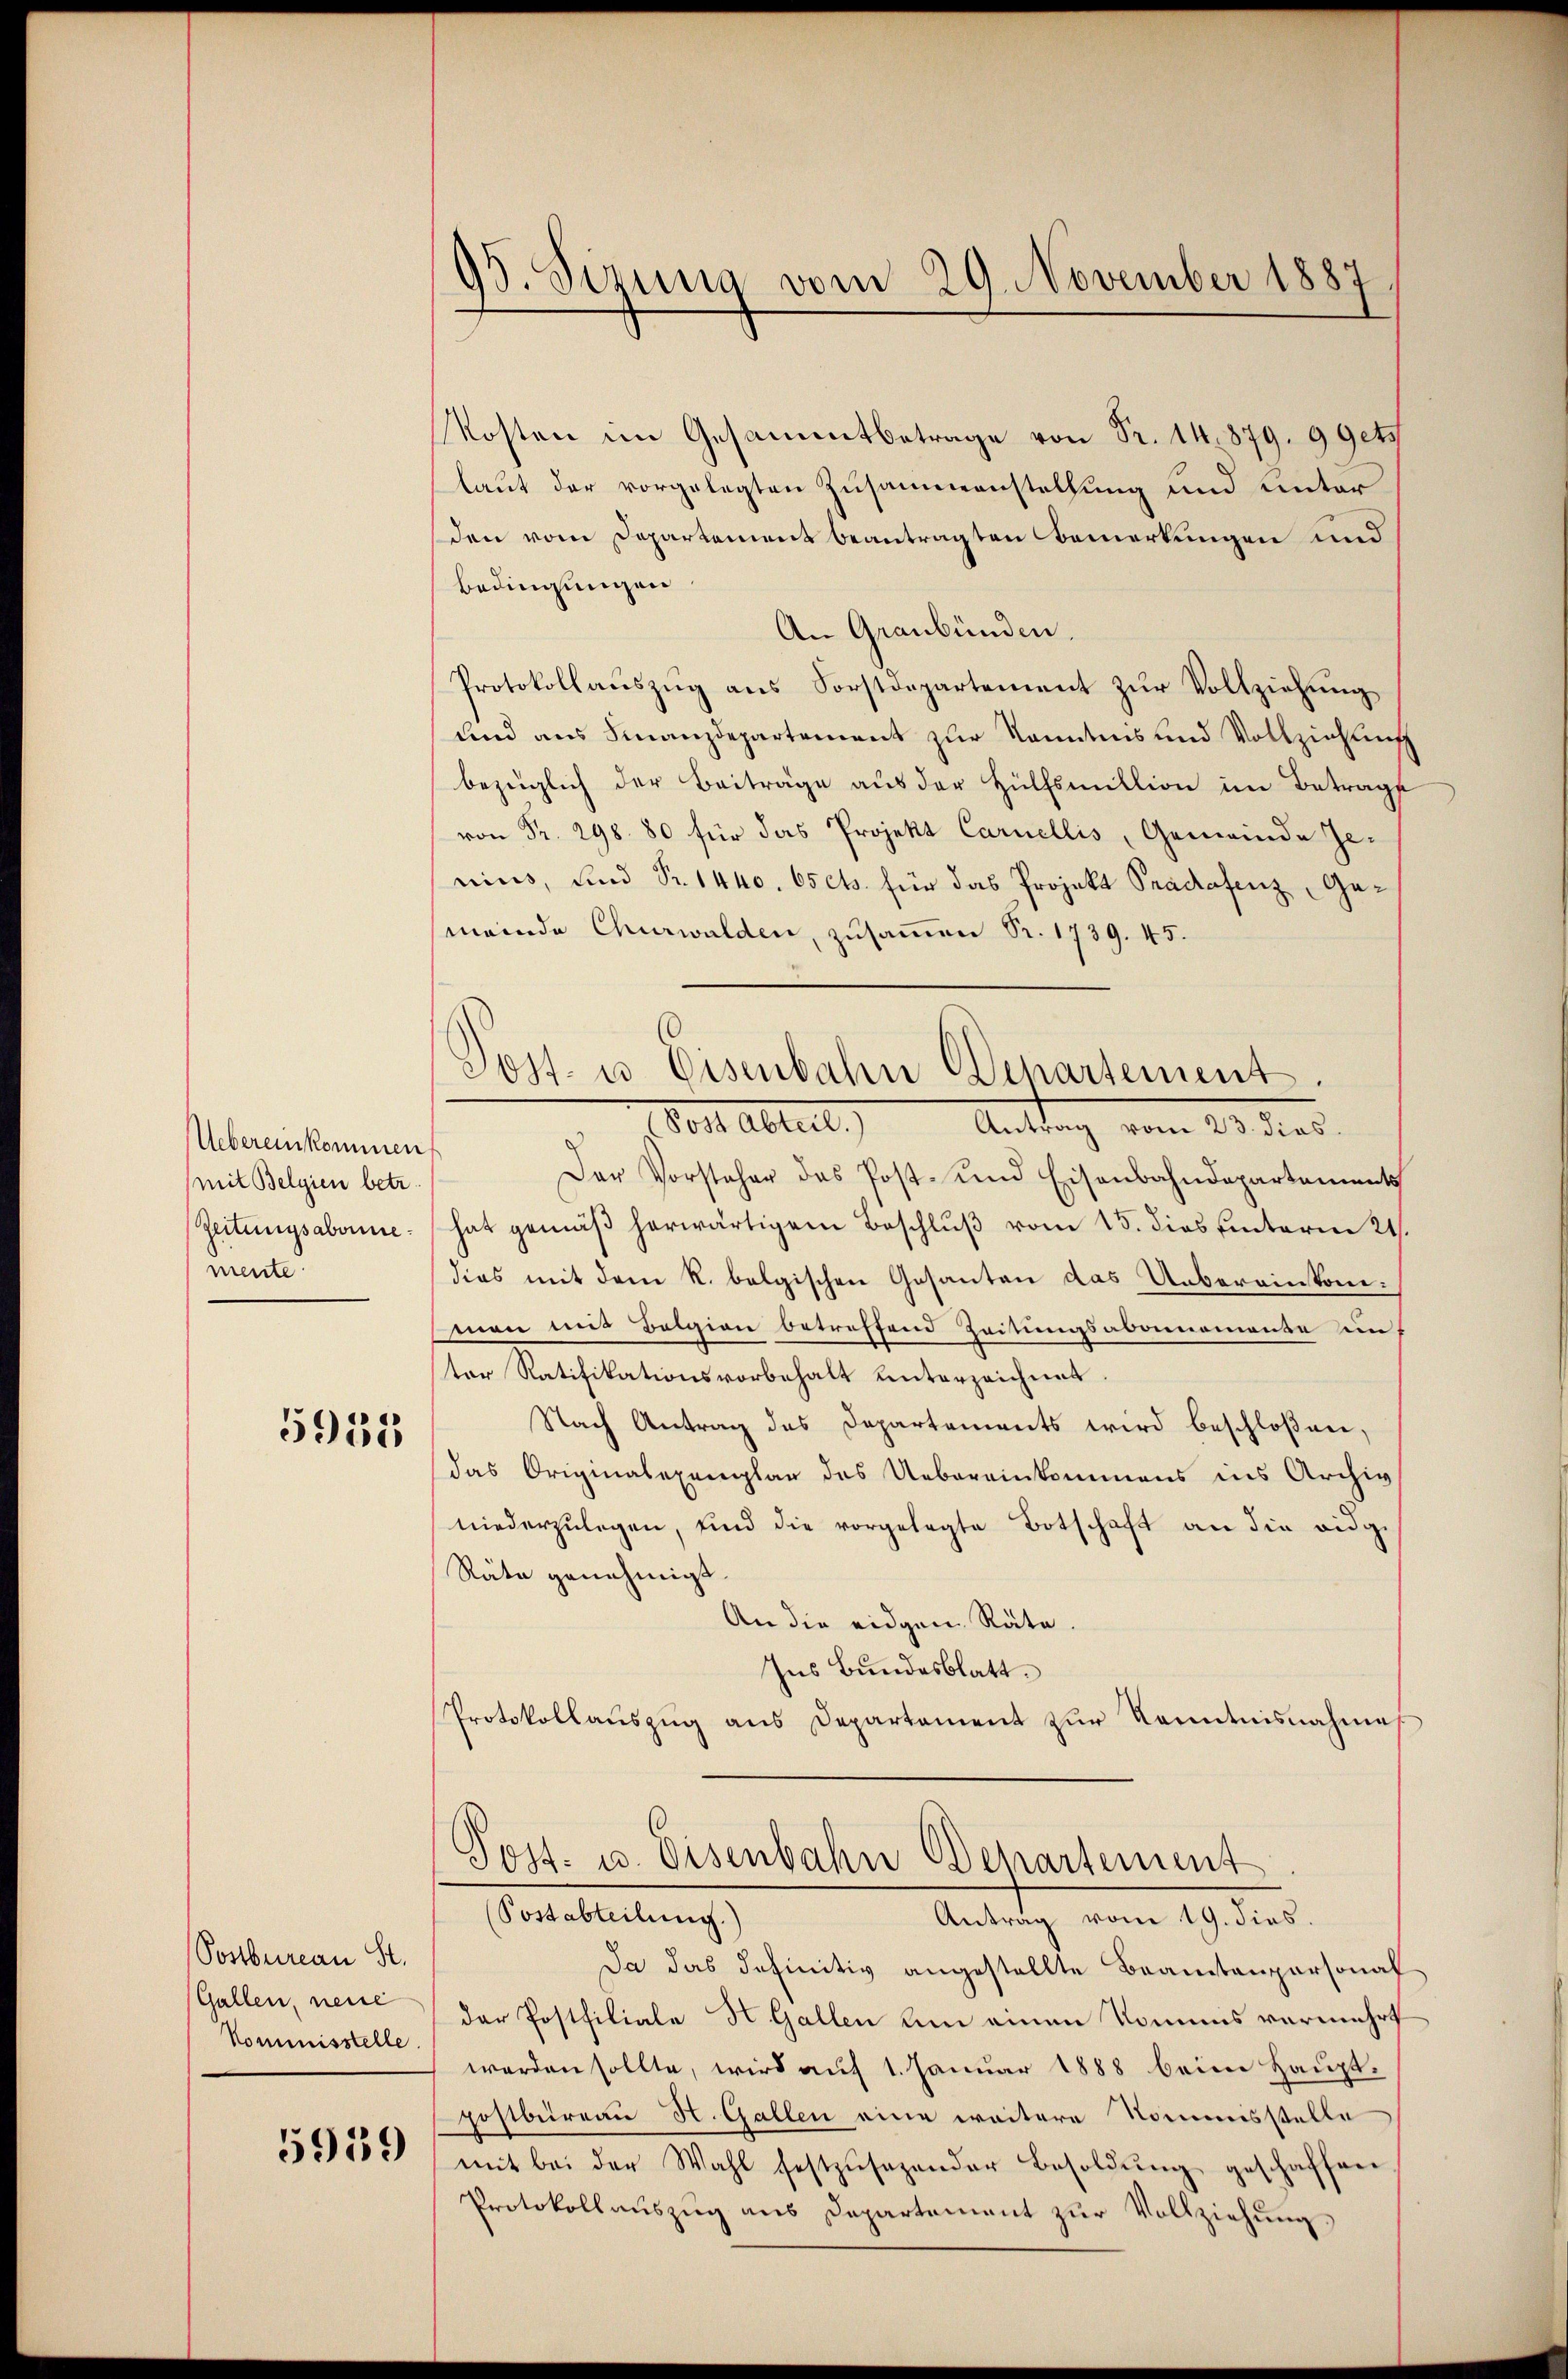
Uebereinkommen
mit Belgien betr
Zeitungsabonnemente.

5958

Postbureau St.
Gallen, neue
Kommisstelle

5959

93. Sizung vom 29. November 1887

Post- u Eisenbahn Departement
or Abteil,
Antrag vom 23. dies

Kosten im Gesammtbetrage von Fr. 14. 879. 9 Gets
laut der vorgelegten Zusammenstellung und unter
den vom Departement beantragten Bemerkungen und
bedingungen
An Graubünden.
Protokollaŭszŭg ans Forstdepartement zur Vollziehung
und aus Finanzdepartement zur Kenntnis und Vollziehung
bezeiglich der Beiträge aus der Hülfsmillion im Betrags
von Fr. 298. 80 für das Projekt Carnellis, Gemeinde Jenius, und Nr. 1440. 65 cts. für das Projekt Pradafenz, Gemeinde Churwalden, zusammen Pr. 1739. 45.
e
Der Vorsteher das Post- und Eisenbahndepartements
hat gemäβ herwärtigen Beschlŭβ vom 15. dies hinterm 21.
dies mit dem K. belgischen Gesanten das Uebereinkonman mit Belgion betreffend Zeitungsabonnomende auf
ter Ratifikationsvorbehalt unterzeichnet.
Nach Antrag des Departements wird beschloßen,
das Originalexemplar des Uebereinkommens ins Archiv
niederzulegen, sind die vorgelegte Botschaft an die eidge
Räte genehmigt.
An die eidgen. Räte.
Ins Bundesblatt.
Protokollauszug aus Departement zur Kenntnisnahme
Post- u. Eisenbahn Departement
(Postabteilung.)
Antrag vom 19. dies.
Da das definitiv angestellte Beamtenpersonal
der Postfiliale St. Gallen um einen Kommis vermehrt
werden sollte, wird auf 1. Januar 1888 beim Hauptpostbüreau H. Gallen eine weitere Nomisstelle
mit bei der Wahl festzŭsezender Besoldŭng geschaffen
Protokollauszug aus Departement zur Vollziehung,